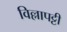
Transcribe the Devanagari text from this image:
विल्लापट्टी